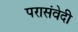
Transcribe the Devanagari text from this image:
परासंवेदी